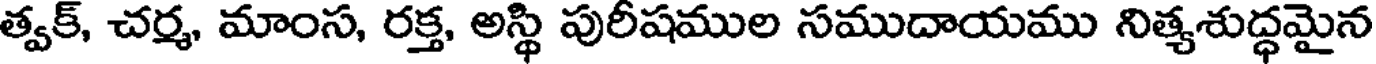
త్వక్, చర్మ, మాంస, రక్త, అస్థి పురీషముల సముదాయము నిత్యశుద్ధమైన